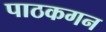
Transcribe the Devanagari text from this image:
पाठकगन